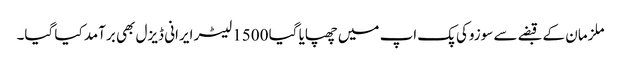
ملزمان کے قبضے سے سوزوکی پک اپ میں چھپایا گیا 1500 لیٹر ایرانی ڈیزل بھی برآمد کیا گیا۔